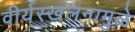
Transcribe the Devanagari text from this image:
वीर्यस्खलनामुळे